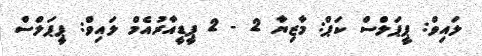
ލައިވް: ޕީޕަލްސް ކަޕް: މާޒިޔާ 2 - 2 ޕީޑީއާރުއެމް ލައިވް: ޕީޕަލްސް